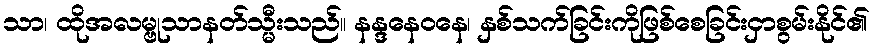
သာ၊ ထိုအလမ္ဗုသာနတ်သ္မီးသည်။ နန္ဒနေဝနေ၊ နှစ်သက်ခြင်းကိုဖြစ်စေခြင်းငှာစွမ်းနိုင်၏